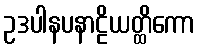
ဥဒပါနပနာဠိယတ္ထိကော